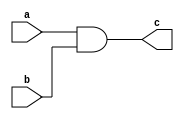
module continuous_assignment_statement (
    input wire a,
    input wire b,
    output reg c
);

assign c = a & b;

endmodule